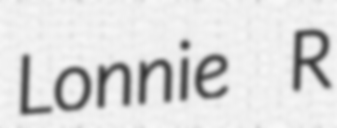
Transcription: Lonnie R